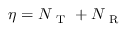
\eta = N _ { \mathrm { ~ T ~ } } + N _ { \mathrm { ~ R ~ } }